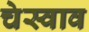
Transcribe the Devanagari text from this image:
चेस्वाव